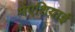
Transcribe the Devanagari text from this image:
मेंएशियाई